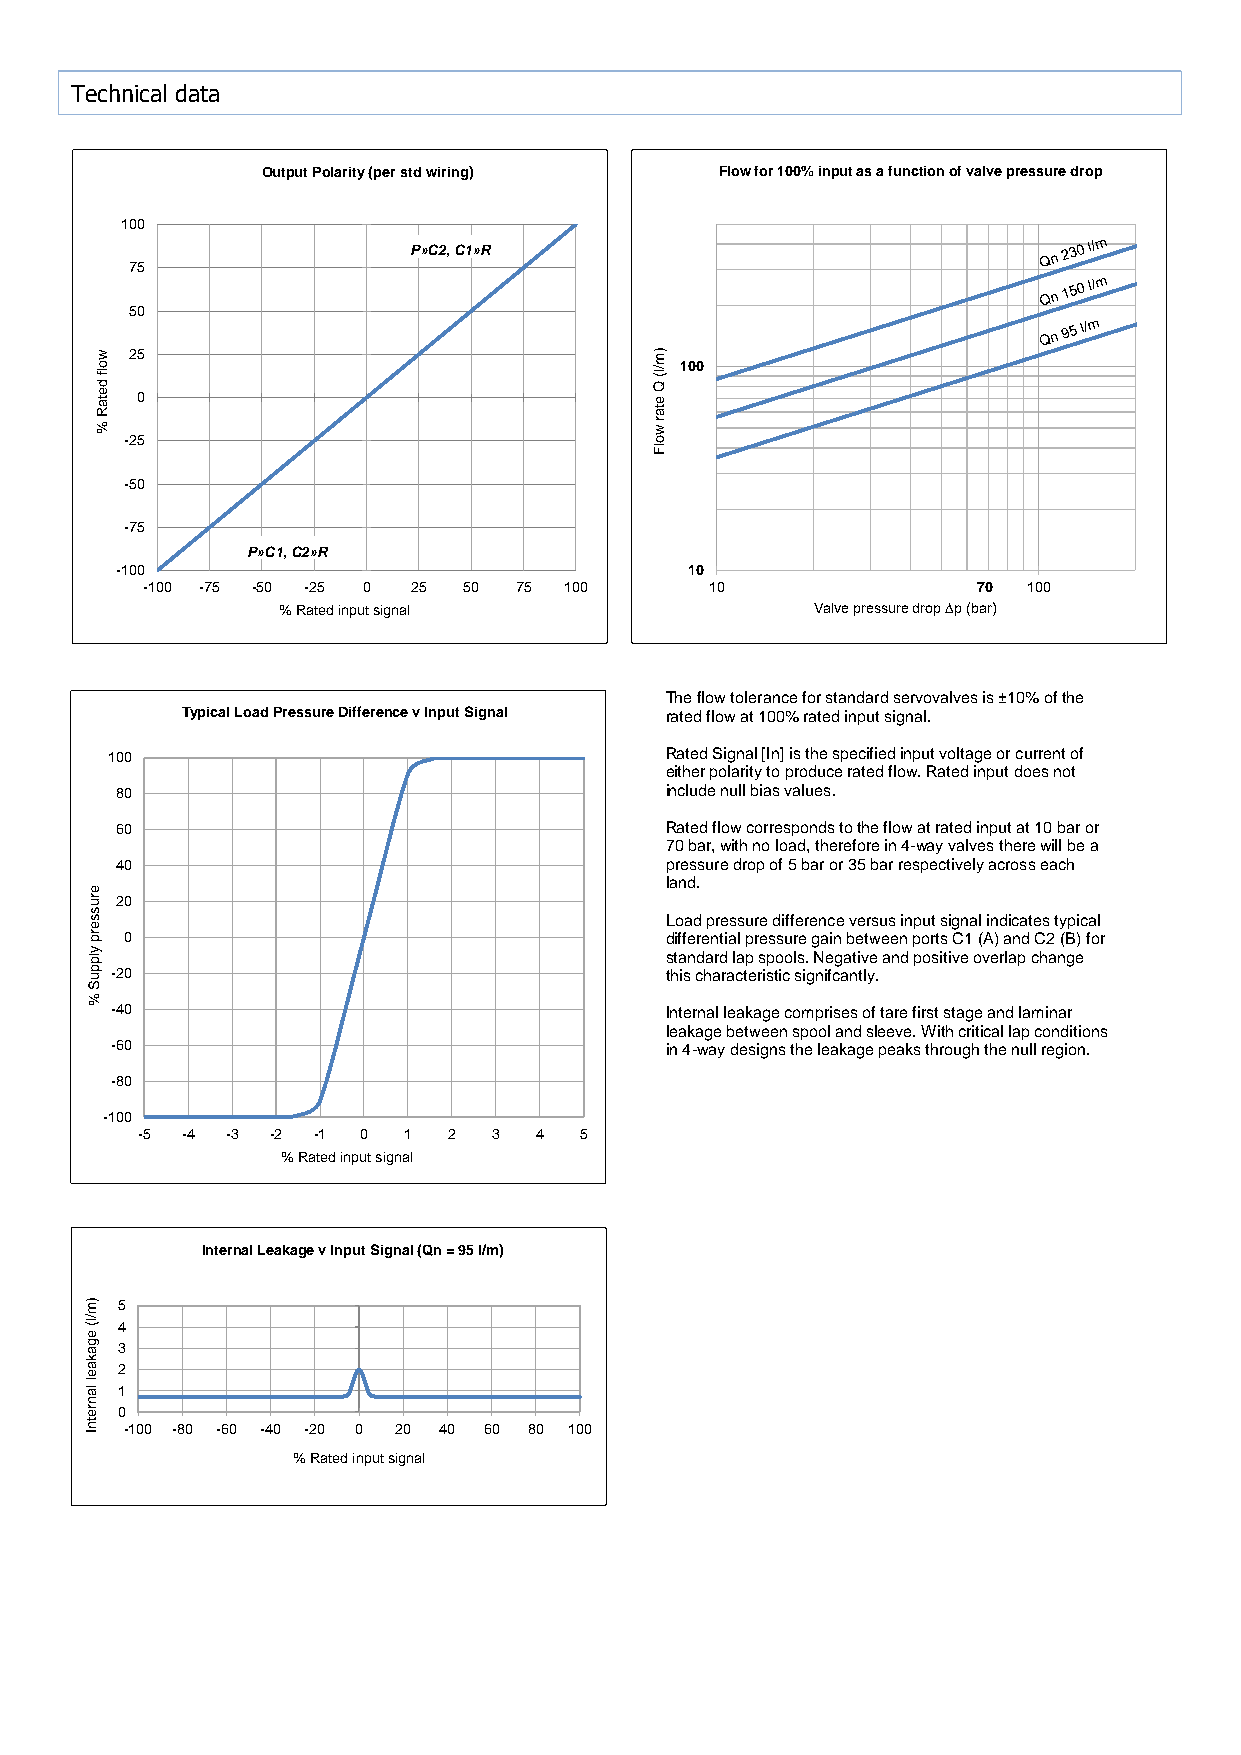
In
 100
 Technical data
 90
 80
 Output Polarity (per std wiring) Flow for 100% input as a function of valve pressure drop 70
 60
 100
 50
 P»C2, C1»R
 40
 75
 30
 50
 20
 w  25                                )m                                       10
 o lf
 d
 /l(
 Q
 100
 0
 e ta
 R
 0                                 e
 ta                                       -10
 %                                    r w
 -25                                o                                        -20
 lF
 -30
 -50
 -40
 -75                                                                         -50
 P»C1, C2»R
 -60
 -100                                  10
 -100 -75 -50 -25 0 25 50 75 100       10                70 100             -70
 % Rated input signal                Valve pressure drop ∆p (bar)
 -80
 -90
 -100
 The flow tolerance for standard servovalves is ±10% of the
 Typical Load Pressure Difference v Input Signal rated flow at 100% rated input signal.
 100                                  Rated Signal [In] is the specified input voltage or current of
 either polarity to produce rated flow. Rated input does not
 80                                  include null bias values.               In
 60                                  Rated flow corresponds to the flow at rated input at 10 bar or 5.0
 70 bar, with no load, therefore in 4-way valves there will be a
 40                                  pressure drop of 5 bar or 35 bar respectively across each 4.0
 land.
 e                                                                             3.0
 ru 20
 s
 s e                                   Load pressure difference versus input signal indicates typical 2.0
 rp 0                                  differential pressure gain between ports C1 (A) and C2 (B) for
 y lp                                  standard lap spools. Negative and positive overlap change 1.5
 p u S -20                             this characteristic signifcantly.       1.0
 %
 -40                                  Internal leakage comprises of tare first stage and laminar 0.0
 leakage between spool and sleeve. With critical lap conditions
 -60                                  in 4-way designs the leakage peaks through the null region. -1.0
 -1.5
 -80
 -2.0
 -100
 -5 -4 -3 -2 -1 0  1  2  3 4  5                                             -3.0
 % Rated input signal                                             -4.0
 -5.0
 Internal Leakage v Input Signal (Qn = 95 l/m)
 In
 )m 5                                                                          100.0
 /l(
 e g
 a
 34
 10.0
 k
 a e 2                                                                         5.0
 l
 la 1
 n                                                                             0.0
 re 0
 tn I -100 -80 -60 -40 -20 0 20 40 60 80 100                                   -5.0
 % Rated input signal                                             -10.0
 -100.0